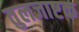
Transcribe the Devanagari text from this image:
तुलजाष्टक